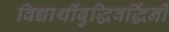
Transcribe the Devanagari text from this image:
विद्यार्थीबुद्धिवर्द्धिनी